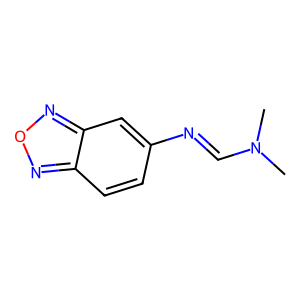
SMILES: CN(C)C=Nc1ccc2nonc2c1
Inhibits HIV replication: No